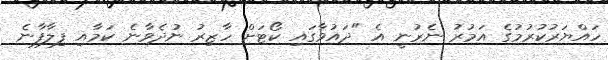
ހައްޔަރުކުރުމުގެ އަމުރު ނެރުނީ އެ "ދައުވާގައި ކޯޓަށް ހާޒިރު ނުދެވާނެ ކަމާއި ފިލާފާނެ